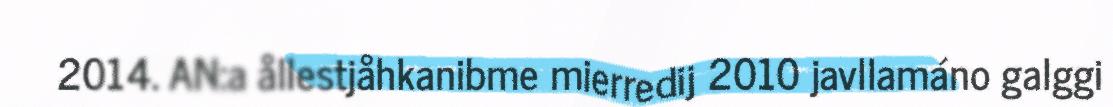
2014. AN:a ållestjåhkanibme mierredij 2010 javllamáno galggi